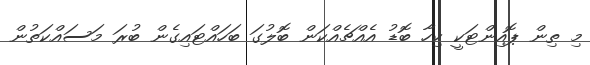
މި ތިން ޕޮއިންޓަކީ ކިހާ ބޮޑު އެއްޗެއްކަން ބޮލުގަ ބަހައްޓައިގެން ބުރަ މަސައްކަތުން